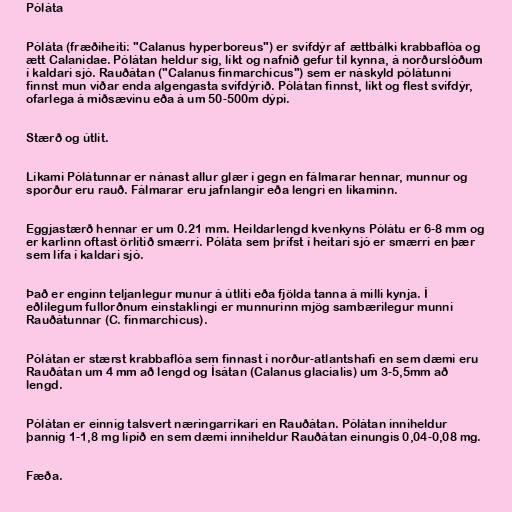
Póláta

Póláta (fræðiheiti: "Calanus hyperboreus") er svifdýr af ættbálki krabbaflóa og
ætt Calanidae. Pólátan heldur sig, líkt og nafnið gefur til kynna, á norðurslóðum
í kaldari sjó. Rauðátan ("Calanus finmarchicus") sem er náskyld pólátunni
finnst mun víðar enda algengasta svifdýrið. Pólátan finnst, líkt og flest svifdýr,
ofarlega á miðsævinu eða á um 50-500m dýpi.

Stærð og útlit.

Líkami Pólátunnar er nánast allur glær í gegn en fálmarar hennar, munnur og
sporður eru rauð. Fálmarar eru jafnlangir eða lengri en líkaminn.

Eggjastærð hennar er um 0.21 mm. Heildarlengd kvenkyns Pólátu er 6-8 mm og
er karlinn oftast örlítið smærri. Póláta sem þrífst í heitari sjó er smærri en þær
sem lifa í kaldari sjó.

Það er enginn teljanlegur munur á útliti eða fjölda tanna á milli kynja. Í
eðlilegum fullorðnum einstaklingi er munnurinn mjög sambærilegur munni
Rauðátunnar (C. finmarchicus).

Pólátan er stærst krabbaflóa sem finnast í norður-atlantshafi en sem dæmi eru
Rauðátan um 4 mm að lengd og Ísátan (Calanus glacialis) um 3-5,5mm að
lengd.

Pólátan er einnig talsvert næringarríkari en Rauðátan. Pólátan inniheldur
þannig 1-1,8 mg lípíð en sem dæmi inniheldur Rauðátan einungis 0,04-0,08 mg.

Fæða.